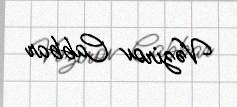
Vəzirov Cabbar